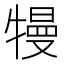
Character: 𤛔